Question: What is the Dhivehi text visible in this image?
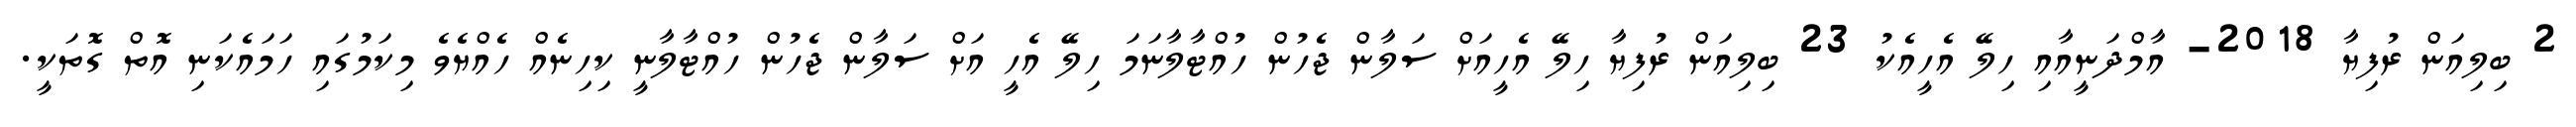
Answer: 2 ބިލިއަން ރުފިޔާ 2018- އާމްދަނީއާއި ހިލޭ އެހީއެކު 23 ބިލިއަން ރުފިޔާ ހިލޭ އެހީއަށް ސަލާން ޖެހުން ހުއްޓާލާނަމަ ހިލޭ އެހީ އަށް ސަލާން ޖެހުން ހުއްޓާލާނީ ކިހިނެއް ހެއްޔެވެ މިކަމުގައި ހަމައެކަނި އޮތް ގޮތަކީ.